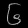
Digit: ၆